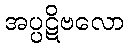
အပ္ပဋိဗလော